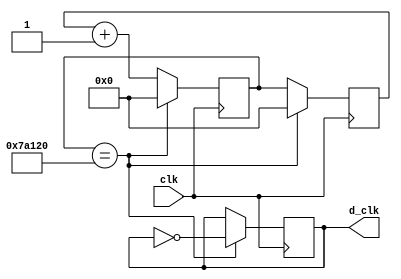
module deg_clk(clk, d_clk);

	/* inputs */
	input clk;
	/* inputs */
	
	/* outputs */
	output reg d_clk;
	/* outputs */

	/* registradores */
	reg [26:0] cont;
	reg [26:0] cont_aux;
	/* registradores */

	always @(posedge clk) begin
		if(cont == 27'd500000) begin
			cont <= 0;
			cont_aux <= 0;
			d_clk <= ~d_clk;
		end
		else begin
			cont <= cont_aux + 1;
			cont_aux <= cont;
		end
	end

endmodule